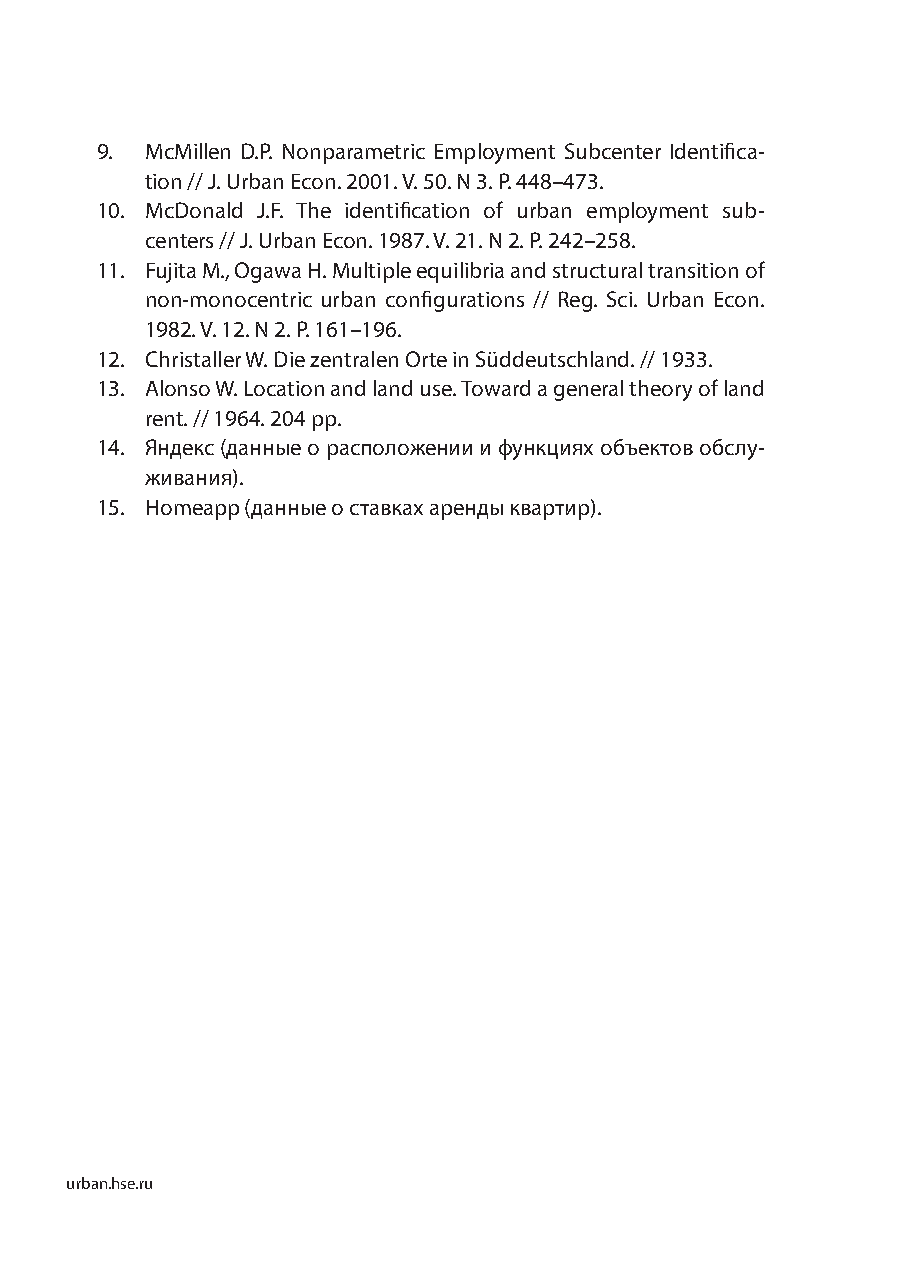
9.  McMillen D.P. Nonparametric Employment Subcenter Identifi ca-
 tion // J. Urban Econ. 2001. V. 50. N 3. P. 448–473.
 10. McDonald J.F. The identifi cation of urban employment sub-
 centers // J. Urban Econ. 1987. V. 21. N 2. P. 242–258.
 11. Fujita M., Ogawa H. Multiple equilibria and structural transition of
 non-monocentric urban confi gurations // Reg. Sci. Urban Econ.
 1982. V. 12. N 2. P. 161–196.
 12. Christaller W. Die zentralen Orte in Süddeutschland. // 1933.
 13. Alonso W. Location and land use. Toward a general theory of land
 rent. // 1964. 204 pp.
 14. Яндекс (данные о расположении и функциях объектов обслу-
 живания).
 15. Homeapp (данные о ставках аренды квартир).
 urban.hse.ru